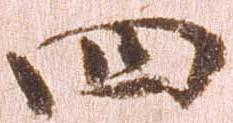
四